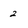
Character: 2